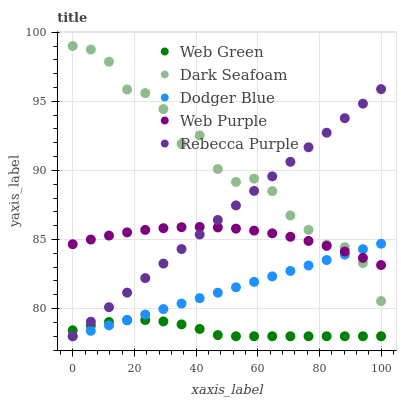
| xaxis_label | Web Green | Dark Seafoam | Dodger Blue | Web Purple | Rebecca Purple |
 | --- | --- | --- | --- | --- | --- |
 | 0 | 78.4 | 99 | 78 | 84.7 | 78 |
 | 5.88 | 78.8 | 98.7 | 78.4 | 85 | 79.1 |
 | 11.8 | 79 | 97.9 | 78.8 | 85.3 | 80.1 |
 | 17.6 | 79.2 | 95.9 | 79.2 | 85.5 | 81.2 |
 | 23.5 | 79.2 | 95.6 | 79.6 | 85.7 | 82.2 |
 | 29.4 | 79.1 | 94.4 | 80 | 85.8 | 83.3 |
 | 35.3 | 78.9 | 91.9 | 80.4 | 85.9 | 84.3 |
 | 41.2 | 78.5 | 92.5 | 80.8 | 85.9 | 85.4 |
 | 47.1 | 78.1 | 90.1 | 81.1 | 85.9 | 86.4 |
 | 52.9 | 78 | 89.2 | 81.5 | 85.8 | 87.5 |
 | 58.8 | 78 | 89.4 | 81.9 | 85.6 | 88.5 |
 | 64.7 | 78 | 88.5 | 82.3 | 85.4 | 89.6 |
 | 70.6 | 78 | 86.7 | 82.7 | 85.2 | 90.6 |
 | 76.5 | 78 | 85.7 | 83.1 | 84.9 | 91.7 |
 | 82.4 | 78 | 84.6 | 83.5 | 84.5 | 92.7 |
 | 88.2 | 78 | 84.4 | 83.9 | 84.1 | 93.8 |
 | 94.1 | 78 | 83.3 | 84.3 | 83.7 | 94.8 |
 | 100 | 78 | 80.5 | 84.7 | 83.2 | 95.9 |